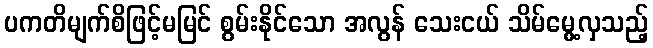
ပကတိမျက်စိဖြင့်မမြင် စွမ်းနိုင်သော အလွန် သေးငယ် သိမ်မွေ့လှသည့်